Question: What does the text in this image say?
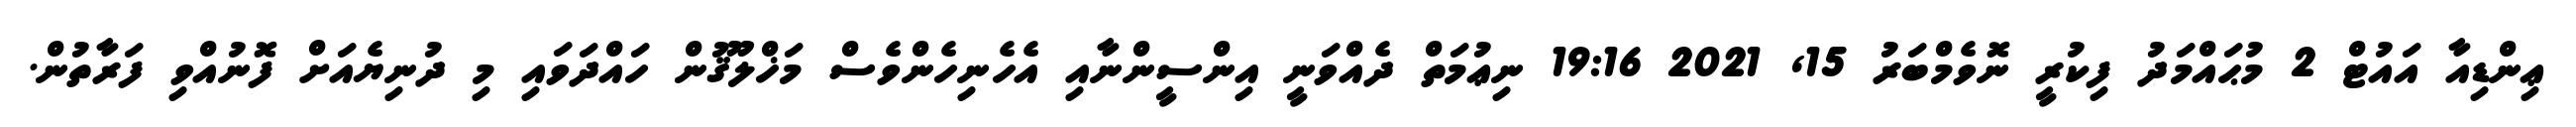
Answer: ޢިންޑިއާ އައުޓް 2 މުޙައްމަދު ފިކުރީ ނޮވެމްބަރު 15, 2021 19:16 ނިޢުމަތް ދެއްވަނީ އިންސީންނާއި އެހެނިހެންވެސް މަޚްލޫޤުން ހައްދަވައި މި ދުނިޔެއަށް ފޮނުއްވި ފަރާތުން.